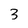
Character: 3